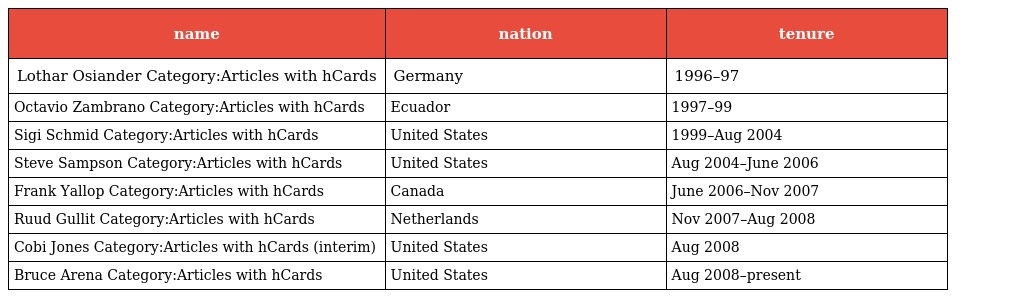
| name | nation | tenure |
 | --- | --- | --- |
 | Lothar Osiander Category:Articles with hCards | Germany | 1996–97 |
 | Octavio Zambrano Category:Articles with hCards | Ecuador | 1997–99 |
 | Sigi Schmid Category:Articles with hCards | United States | 1999–Aug 2004 |
 | Steve Sampson Category:Articles with hCards | United States | Aug 2004–June 2006 |
 | Frank Yallop Category:Articles with hCards | Canada | June 2006–Nov 2007 |
 | Ruud Gullit Category:Articles with hCards | Netherlands | Nov 2007–Aug 2008 |
 | Cobi Jones Category:Articles with hCards (interim) | United States | Aug 2008 |
 | Bruce Arena Category:Articles with hCards | United States | Aug 2008–present |